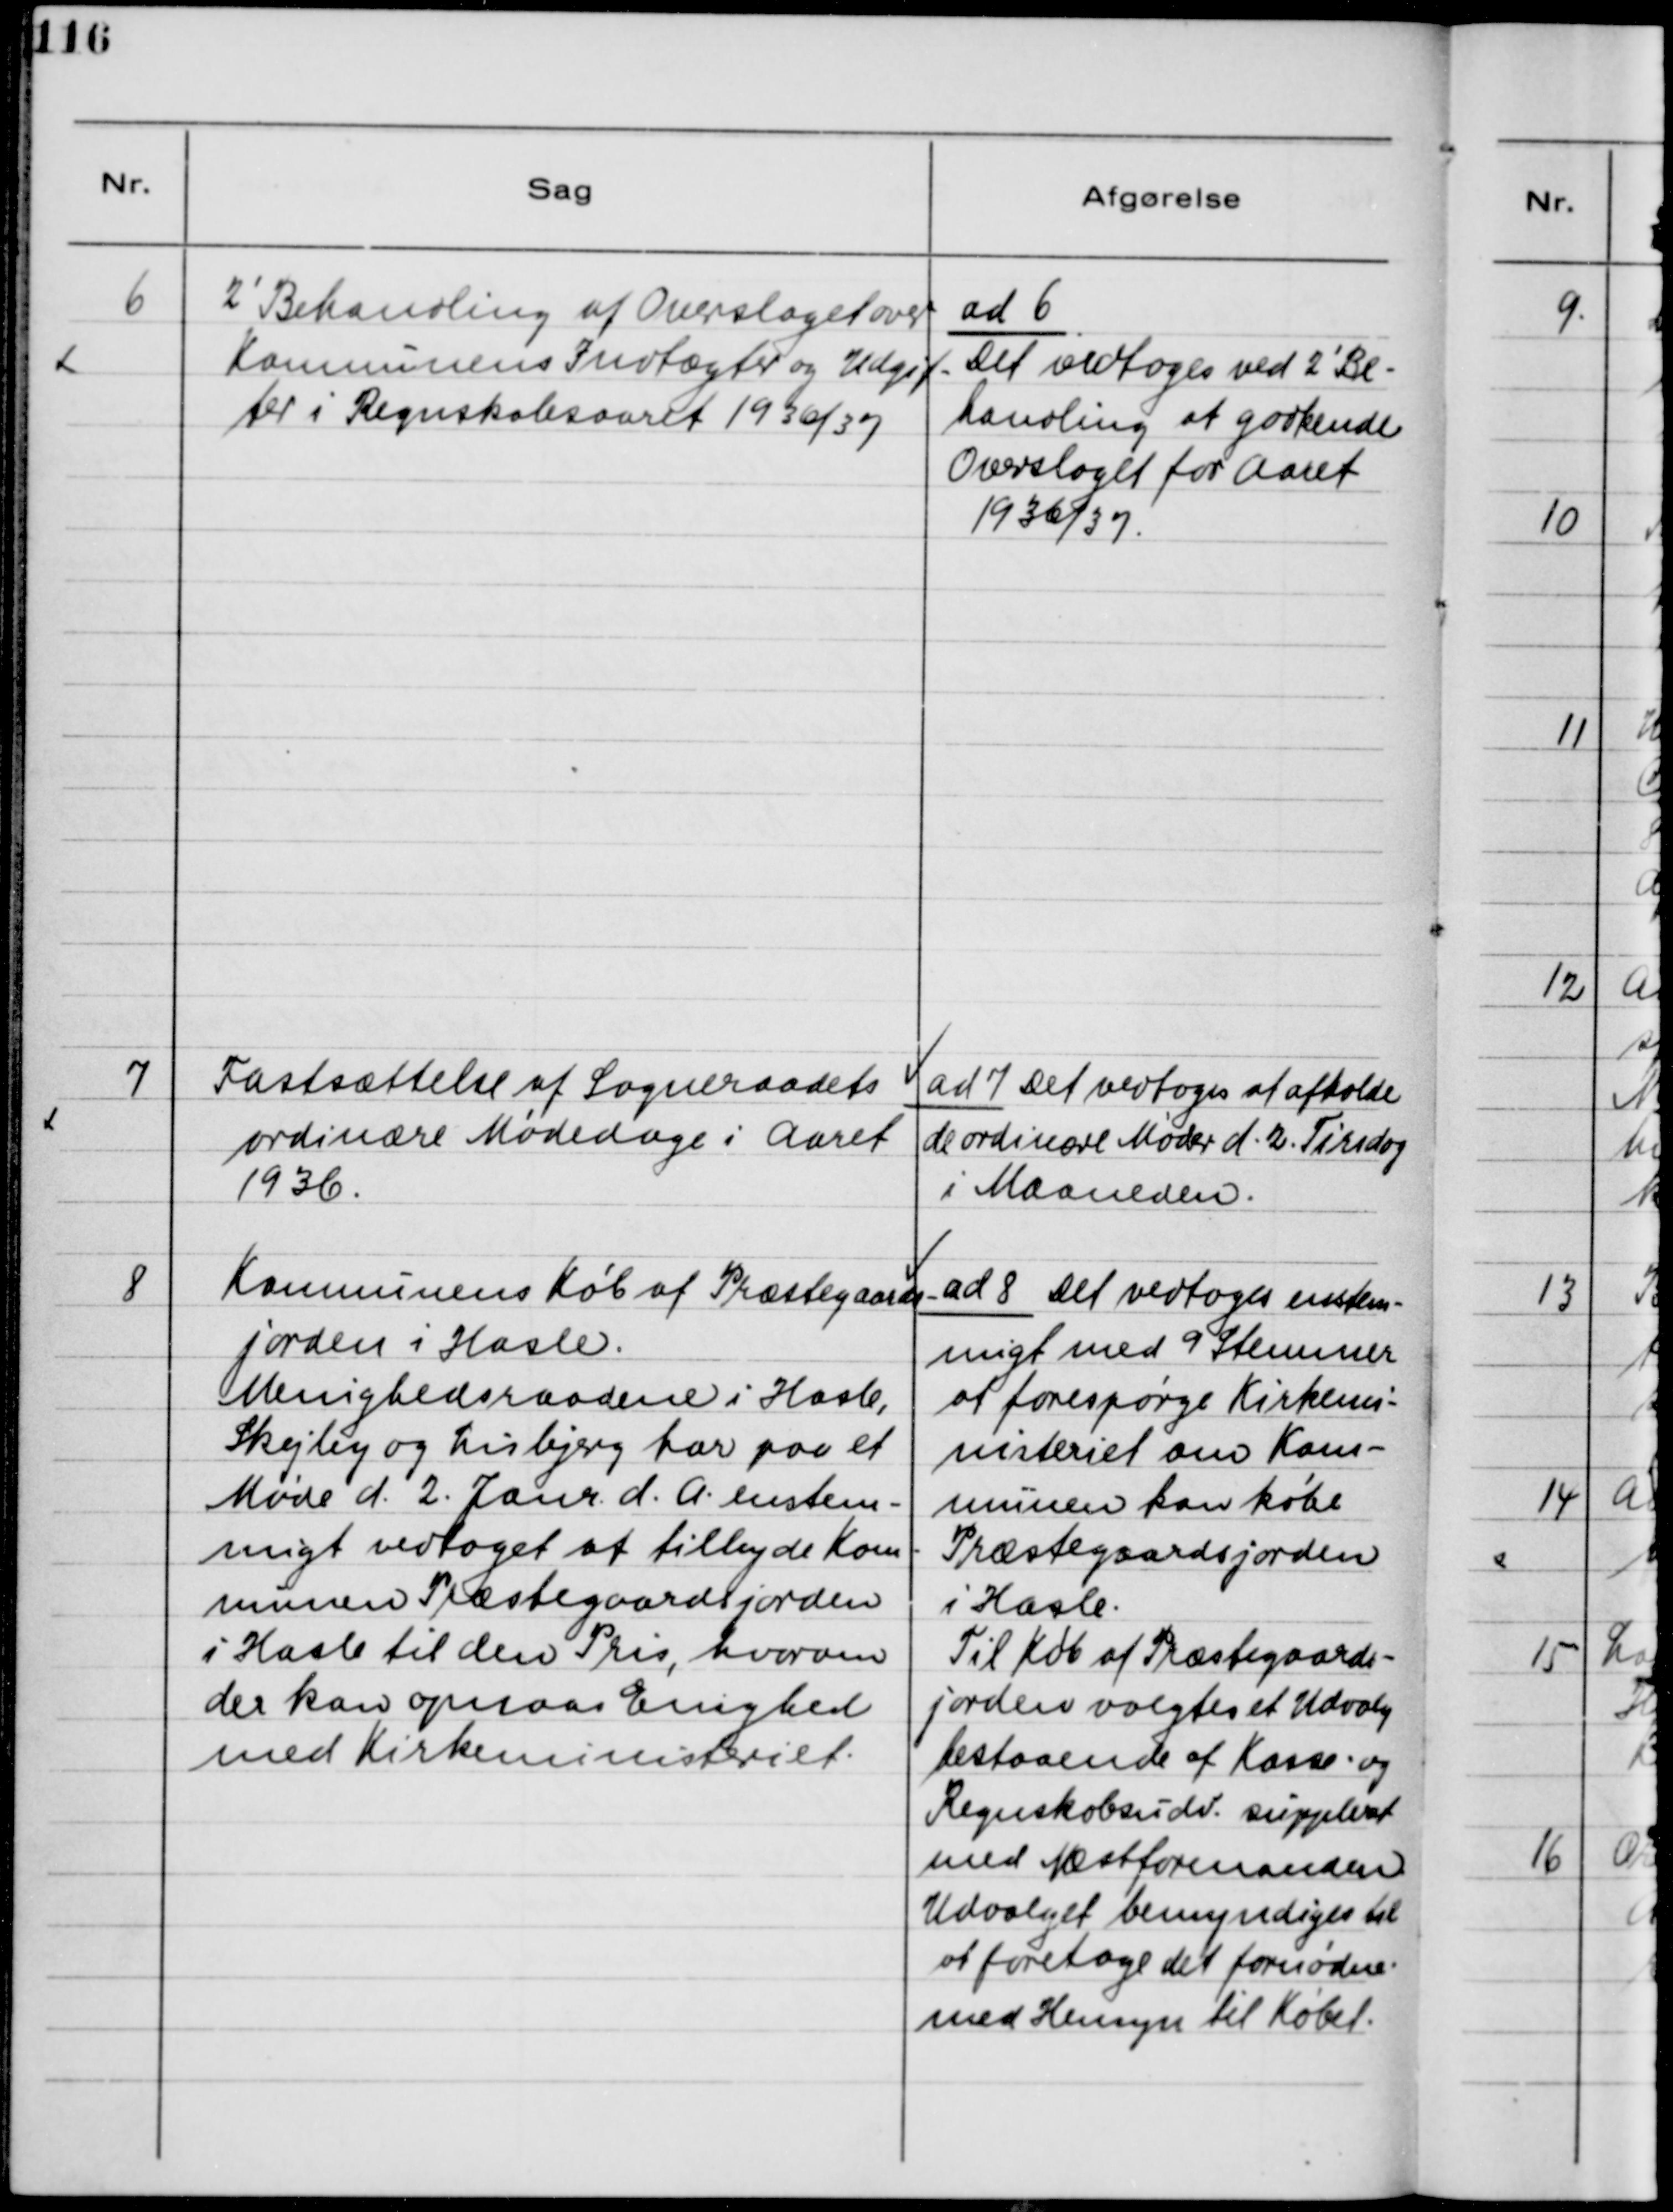
Transskription:
6
2' Behandling af Overslaget over
Kommunens Indtægter og Udgif-
ter i Regnskabsaaret 1936/37.
ad 6
det vedtoges ved 2' Be-
handling at godkende
Overslaget for Aaret
1936/37.
7
Fastsættelse af Sogneraadets
ordinære Mødedage i Aaret
1936.
ad 7 Det vedtoges at afholde
de ordinære Møder d. 2. Tirsdag
i Maaneden.
8
Kommunens Køb af Præstegaards-
jorden i Hasle.
Menighedsraadene i Hasle,
Skejby og Lisbjerg har paa et
Møde d. 2. Janr. d. A. enstem-
migt vedtaget at tilbyde Kom-
munen Præstegaards jorden
i Hasle til den Pris, hvorom
der kan opnaas Enighed
med Kirkeministeriet.
ad 8 Det vedtoges enstem-
migt med 9 Stemmer
at forespørge Kirkemi-
nisteriet om Kom-
munen kan købe
Præstegaards jorden
i Hasle.
Til Køb af Præstegaards-
jorden valgtes et Udvalg
bestaaende af Kasse- og
Regnskabsudv. suppleret
med Næstformanden.
Udvalget bemyndiges til
at foretage det fornødne
med Hensyn til Købet.